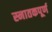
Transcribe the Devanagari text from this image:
स्नातकपूर्ण